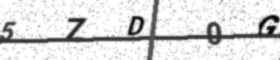
Text: 5ZD0G